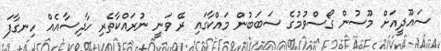
ސައޫދީއަށް މޫސުން ގޯސްވުމުގެ ސަބަބުން މައްކާގައި ރޭ ވަނީ ނުރައްކާތެރި ހާދިސާއެއް ހިނގާފަ